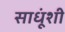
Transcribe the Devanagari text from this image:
साधूंशी